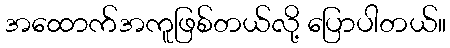
အထောက်အကူဖြစ်တယ်လို့ ပြောပါတယ်။